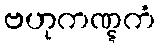
ဗဟုကဏ္ဋကံ